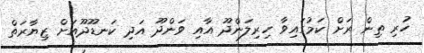
ހުރި ތިން ރަށް ކަމުގައިވާ ހިރިލަންދޫ އާއި ވަންދޫ އަދި ކަނޑޫދޫއަށް ޒިޔާރަތް